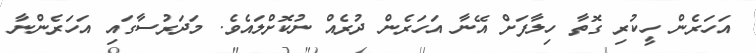
އަހަރެން ހީކުރި ގޮތާ ހިލާފަށް އޭނާ އަހަރެން ދުރެއް ނުކޮށްލައެވެ. މަދަރުސާގައި އަހަރެންނާ